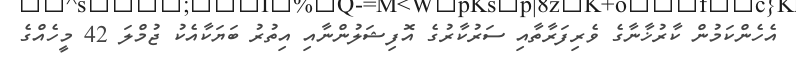
އެހެންކަމުން ކާރުޚާނާގެ ވެރިފަރާތާއި ސަރުކާރުގެ އޮފިޝަލުންނާއި އިތުރު ބަޔަކާއެކު ޖުމްލަ 42 މީހެއްގެ